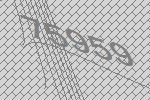
75959